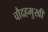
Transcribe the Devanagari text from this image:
चौदहमुखी